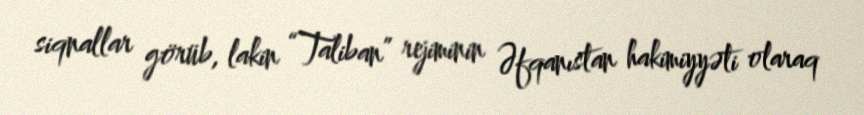
siqnallar görüb, lakin “Taliban” rejiminin Əfqanıstan hakimiyyəti olaraq